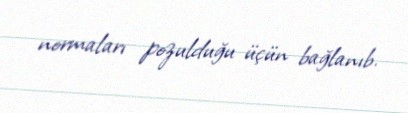
normaları pozulduğu üçün bağlanıb.